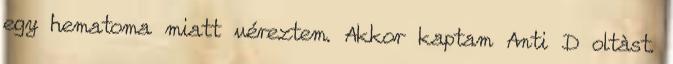
egy hematoma miatt véreztem. Akkor kaptam Anti D oltàst.